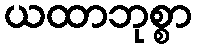
ယထာဘုစ္စာ